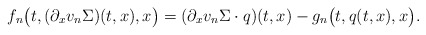
\begin{align*}&f_n\big(t, (\partial_xv_n\Sigma)(t, x),x \big) = (\partial_xv_n\Sigma\cdot q)(t,x) - g_n\big(t, q(t,x),x\big).\end{align*}